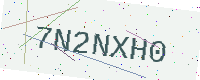
Text: 7N2NXH0